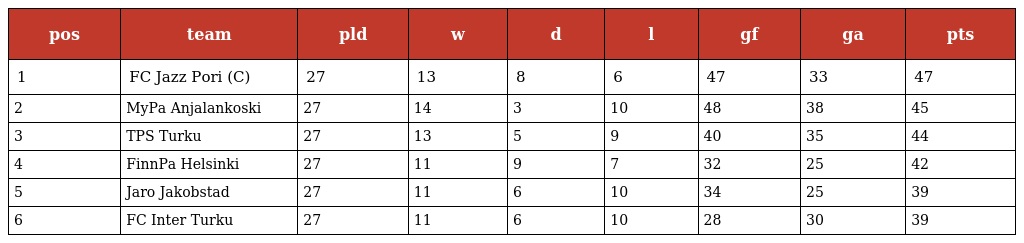
| pos | team | pld | w | d | l | gf | ga | pts |
 | --- | --- | --- | --- | --- | --- | --- | --- | --- |
 | 1 | FC Jazz Pori (C) | 27 | 13 | 8 | 6 | 47 | 33 | 47 |
 | 2 | MyPa Anjalankoski | 27 | 14 | 3 | 10 | 48 | 38 | 45 |
 | 3 | TPS Turku | 27 | 13 | 5 | 9 | 40 | 35 | 44 |
 | 4 | FinnPa Helsinki | 27 | 11 | 9 | 7 | 32 | 25 | 42 |
 | 5 | Jaro Jakobstad | 27 | 11 | 6 | 10 | 34 | 25 | 39 |
 | 6 | FC Inter Turku | 27 | 11 | 6 | 10 | 28 | 30 | 39 |